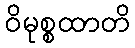
ဝိမုစ္စထာတိ